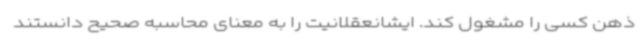
ذهن کسی را مشغول کند. ایشانعقلانیت را به معنای محاسبه صحیح دانستند